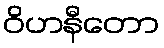
ဝိဟနီတော